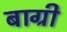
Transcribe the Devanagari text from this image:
बाग्री